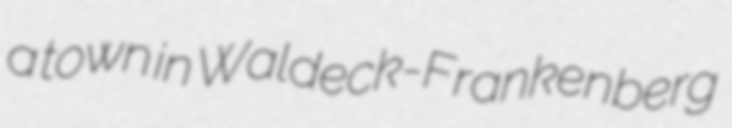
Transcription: a town in Waldeck-Frankenberg